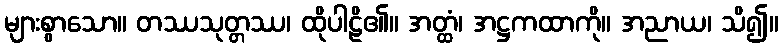
များစွာသော။ တဿသုတ္တဿ၊ ထိုပါဠိ၏။ အတ္ထံ၊ အဋ္ဌကထာကို။ အညာယ၊ သိ၍။